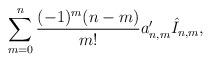
LaTeX: \begin{align*} \sum_{m=0}^n\frac{(-1)^m(n-m)}{m!}a'_{n,m}\hat{I}_{n,m},\end{align*}